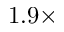
1 . 9 \times